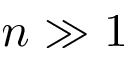
n \gg 1